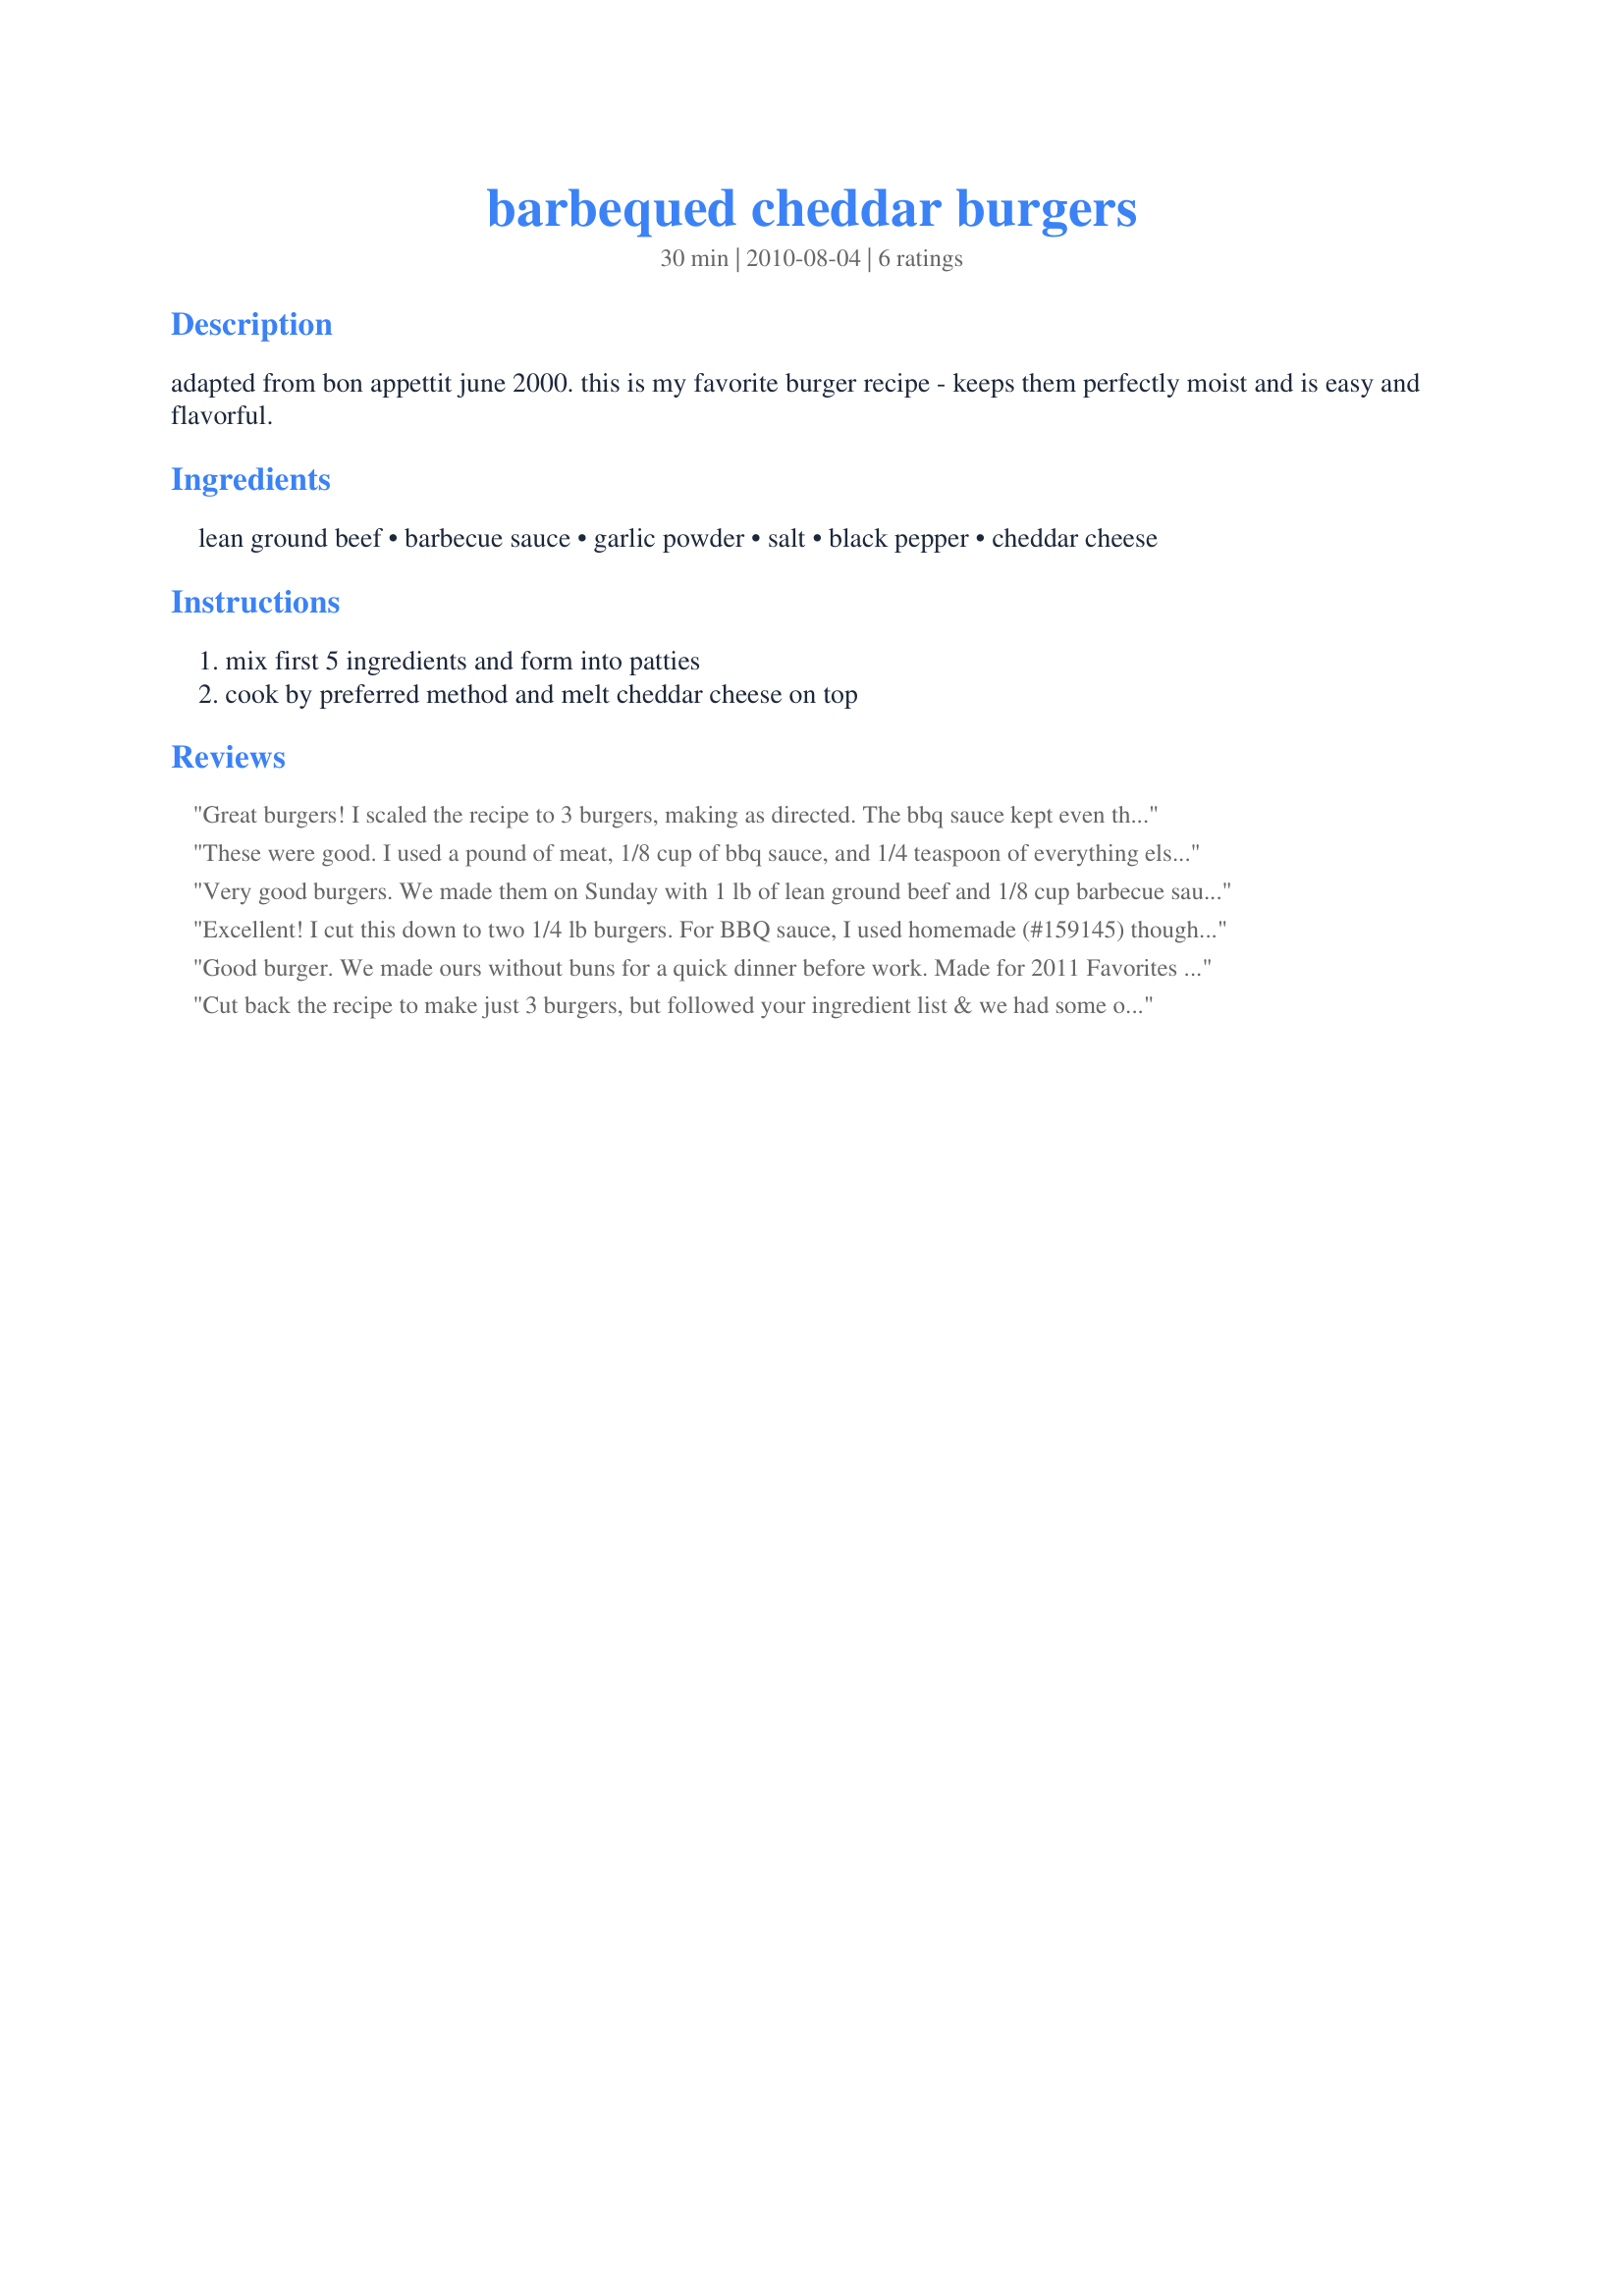
barbequed cheddar burgers
Preparation time: 30 minutes

adapted from bon appettit june 2000.
this is my favorite burger recipe - keeps them perfectly moist and is easy and flavorful.

Ingredients:
lean ground beef, barbecue sauce, garlic powder, salt, black pepper, cheddar cheese

Steps:
mix first 5 ingredients and form into patties, cook by preferred method and melt cheddar cheese on top

Reviews:
Great burgers! I scaled the recipe to 3 burgers, making as directed. The bbq sauce kept even the lean ground beef moist, making for some tasty, juicy hamburgers. Grilled over charcoal and really enjoyed - thanks for sharing the recipe!
These were good. I used a pound of meat, 1/8 cup of bbq sauce, and 1/4 teaspoon of everything else. These were moist and we enjoyed them.
Very good burgers. We made them on Sunday with 1 lb of lean ground beef and 1/8 cup barbecue sauce. We made them again yesterday. This is one of the best burgers we made. And so simple. Thanks Judythai :) Made for I Recommend tag game
Excellent! I cut this down to two 1/4 lb burgers. For BBQ sauce, I used homemade (#159145) though my conversion may have been a little off as I think there was just a bit too much sauce, making the mixture a little too soft - they wanted to fall apart a bit when I flipped them. Otherwise, this was excellent! I thought they might need more sauce on top after cooking but they were plenty flavorful without any extra. I used sliced cheddar as it was what I had on hand. Served with nothing more than pickles on top (I can't have a burger with out pickles!) Thanks so much for sharing!
Good burger. We made ours without buns for a quick dinner before work. Made for 2011 Favorites game.
Cut back the recipe to make just 3 burgers, but followed your ingredient list & we had some of the best burgers we've ever had! Really great! Thanks for sharing the recipe [Made & reviewed for one of my adopted chefs in this Spring's Pick A Chef event]
